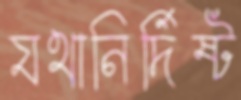
যথানির্দিষ্ট